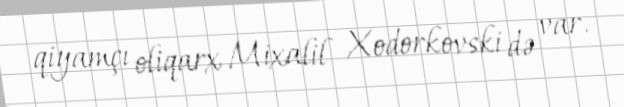
qiyamçı oliqarx Mixalil Xodorkovski də var.